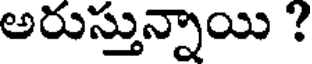
అరుస్తున్నాయి ?